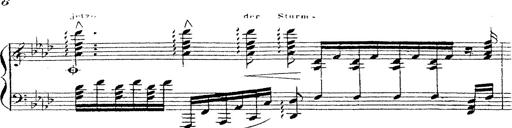
Title: 12 Lieder von Franz Schubert
Composer: Franz Liszt